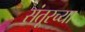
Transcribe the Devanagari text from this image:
संतूरच्या